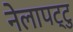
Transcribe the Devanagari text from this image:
नेलापट्टु